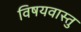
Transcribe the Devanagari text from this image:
विषयवास्तु